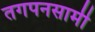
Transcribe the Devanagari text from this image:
तगपनसामी